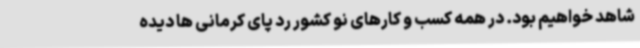
شاهد خواهیم بود. در همه کسب و کارهای نو کشور رد پای کرمانی ها دیده